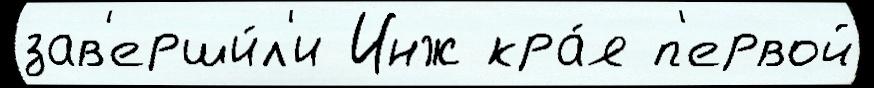
зав'ерши́л'и Инж кра́я п'ервой